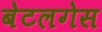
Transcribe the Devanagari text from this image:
बेटलगेस